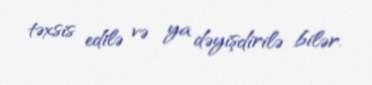
təxsis edilə və ya dəyişdirilə bilər.